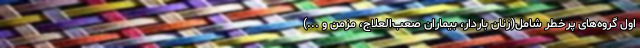
اول گروه‌های پرخطر شامل(زنان باردار، بیماران صعب‌العلاج، مزمن و ...)